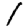
Digit: 1